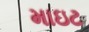
માઇટ